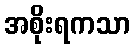
အစိုးရကသာ